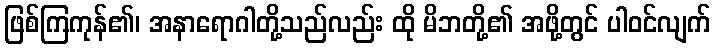
ဖြစ်ကြကုန်၏၊ အနာရောဂါတို့သည်လည်း ထို မိဘတို့၏ အဖို့တွင် ပါဝင်လျက်